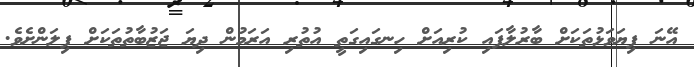
އޭނަ ފިޔަވަޅުތަކަށް ބާރުލާފައި ކުރިއަށް ހިނގައިގަތީ އުތުރި އަރަމުން ދިޔަ ޖަޒުބާތުތަކަށް ފިލަންށެވެ.